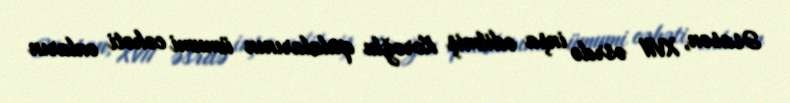
Əsasən, XVII əsrdə inşa edilmiş Koroğlu qalalarının ümumi cəhəti onların